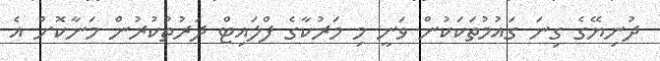
ދުނިޔޭގެ ގިނަ ގައުމުތަކަކުން ވަނީ މި މަރުކާގެ ފްލައިޓް ދަރުތުކުރުން މަނާކޮށް އެ